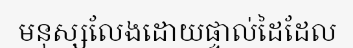
មនុស្សលែងដោយផ្ទាល់ដៃដែល